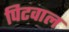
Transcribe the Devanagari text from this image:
पिटवाल